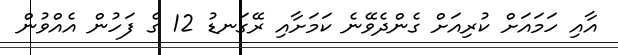
އާއި ހަމައަށް ކުރިއަށް ގެންދެވޭނެ ކަމަށާއި ރޭގަނޑު 12 ގެ ފަހުން އެއްވުން